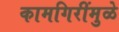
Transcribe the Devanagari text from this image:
कामगिरींमुळे